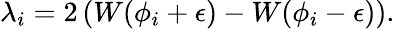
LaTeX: \lambda_{i}=2\left(W(\phi_{i}+\epsilon)-W(\phi_{i}-\epsilon)\right).